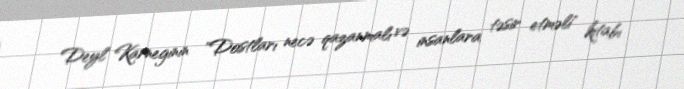
Deyl Karneginin "Dostları necə qazanmalı və insanlara təsir etməli" kitabı